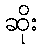
ဆိုး